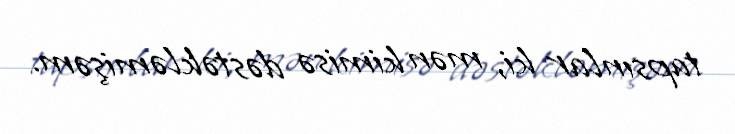
tapsınlar ki, mən kimisə dəstəkləmişəm.